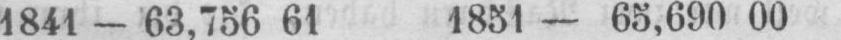
1841 - 63,756 61 1851 - 65,690 00